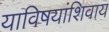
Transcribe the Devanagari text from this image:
याविषयांशिवाय